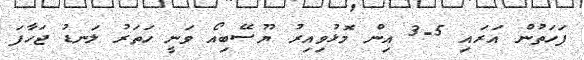
ފަހަތުން އަރައި 5-3 އިން މޮޅުވިއިރު ޔޫސޭބިއޯ ވަނީ ހަތަރު ލަނޑު ޖަހާފަ